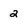
Character: 2